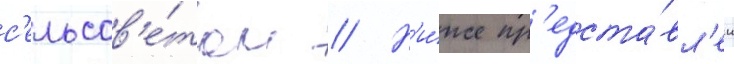
с'ельсов'е́там // Н'и́же пр'едста́вл'ен